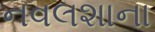
નવલશાના